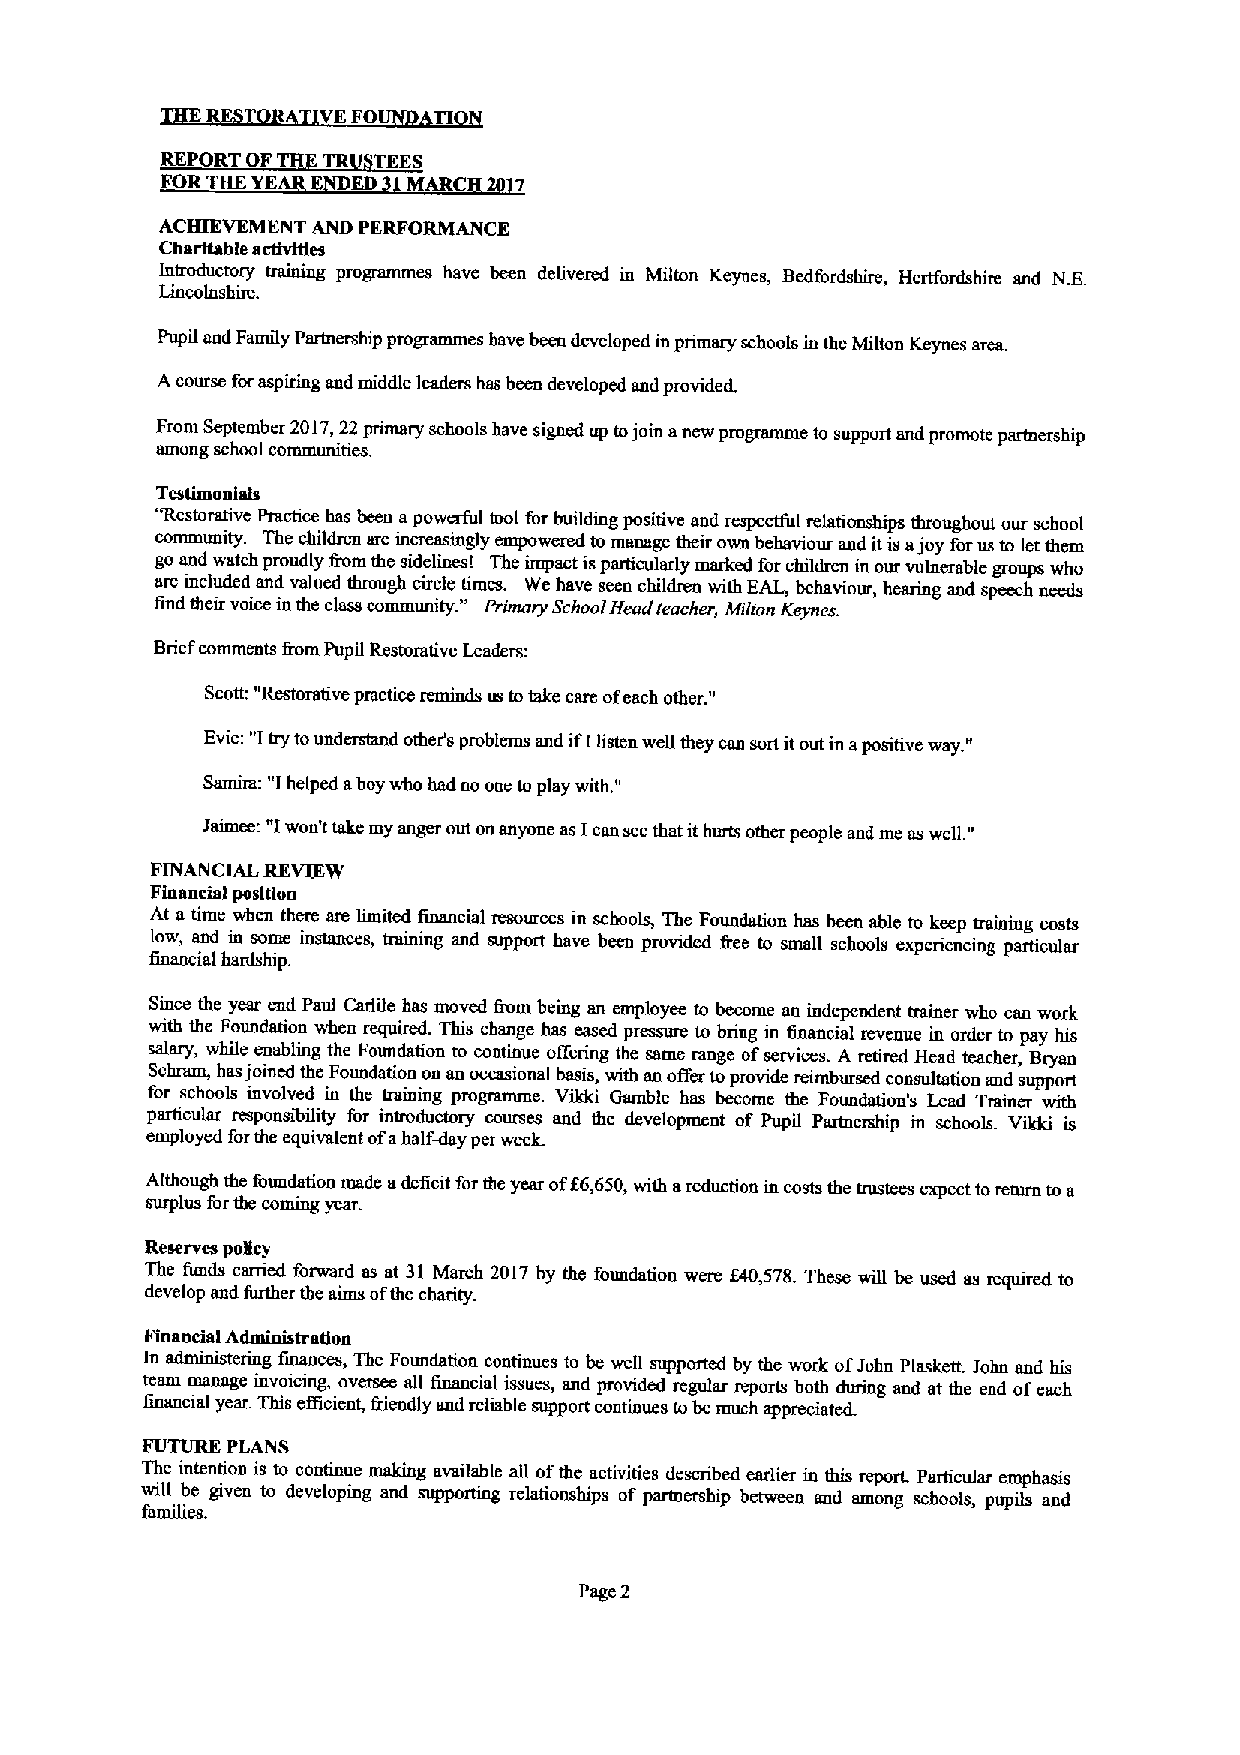
FO    TI
 REPORT OF TR  TEES
 ORTHEYE     ED   ARC   7
 ACHIEVEMENT AND PERFORMANCE
 Charitable activities
 Introductory training programmes have been delivered in Milton Keynes, Bedfordshire, Hertfordshire and N.E.
 Lincolnshire.
 Pupil and Family Partnership programmes have been developed in primary schools in tbe Milton Keynes area.
 Acourse foraspiring and middle leaders has been developed and providetL
 From September 2017,22primary schools have signed up tojoin anew programme to support and promote partnership
 among school communities.
 Testimonials
 "Restorative Practice has been apowerful tool for building positive and respectful relationships throughout aur school
 community. The children are increasingly empowered to manage their own behaviour and itis ajoy forus to let them
 go and watch proudly fiom the sidelines! The impact isparticularly marked for children in our vulnerable groups who
 are included and valued through circle "times. We have seen children with EAL, behaviour, hearing and speech needs
 find their voice in the class community. Primary SchoolHead teacher, Milton Keyner.
 Briefcomments Rom Pupil Restorative Leaders:
 Scott; "Restorative practice reminds us totake care ofeach other."
 Evie: "I try tounderstand otheA problems and ifIlisten wefi they can sort itout in apositive way."
 Samira: "I helped aboy who had no one toplay with."
 Jaimee: "I won't take my arqpu out onanyone as Ican see that ithurts other people abd me aswell."
 FINANCIAL REVIEW
 Fiaancial position
 At a time when there are limited financial resources in schools, The Foundation has been able to keep trainmg costs
 low, and in some instances, training and support have been provided free to small schools experiencing particular
 financial hardship.
 Since the year end Paul Carlile has moved from being an employee to become an independent trainer who can work
 with the Foundation when required. This change hss eased pressure to bring in financial revenue in order to pay his
 salary, while enabling the Foundation to continue offering the same mnge ofservices. A retired Head teacher, Bryan
 Schram, has joined the Foundation on an occasional basis, with an ofier toprovide reimbursed consultation and support
 for schools involved in the training programme. Vfirki Gamble has become the Foundation's Lead Trainer with
 particular responsibility for introductory courses and the development of Pupil Partnership in schools. Vikki is
 employed forthe equivalent ofahalf-day per week.
 Although the foundation made adeficit for the year off 6,650,with areduction in costs the trustees expect toreturn to a
 surplus forthe coming year.
 Reserves pogcy
 The funds carried forward as at 31 March 2017by the foundation were IA0,578.These will be used as required to
 develop and further tbe aims ofthe charity.
 Financial Administration
 In administering finances, The Foundation continues to be well supported by the work ofJohn Plaskett. John and bis
 team manage invoicing, oversee all financial issues, and provided regular reports both during and at the end ofeach
 financial year. This efficient, friendly and reliable support continues tobe much appreciaterL
 FUTURE PLANS
 The intention is to continue making available all ofthe activities described earlier in this report. Particular emphasis
 will be given to developing and supporting relationships of partnership between and among schools, pupils and
 famiTies.
 Page 2